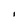
Character: I